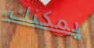
يمكنك